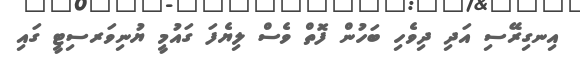
އިނގިރޭސި އަދި ދިވެހި ބަހުން ފޮތް ވެސް ލިޔެފަ ގައުމީ ޔުނިވަރސިޓީ ގައި